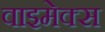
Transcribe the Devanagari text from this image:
वाइमेक्स